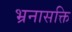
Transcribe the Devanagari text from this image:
भ्रनासक्ति